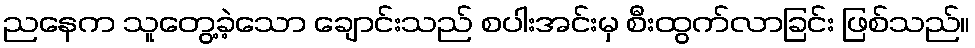
ညနေက သူတွေ့ခဲ့သော ချောင်းသည် စပါးအင်းမှ စီးထွက်လာခြင်း ဖြစ်သည်။